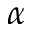
\alpha